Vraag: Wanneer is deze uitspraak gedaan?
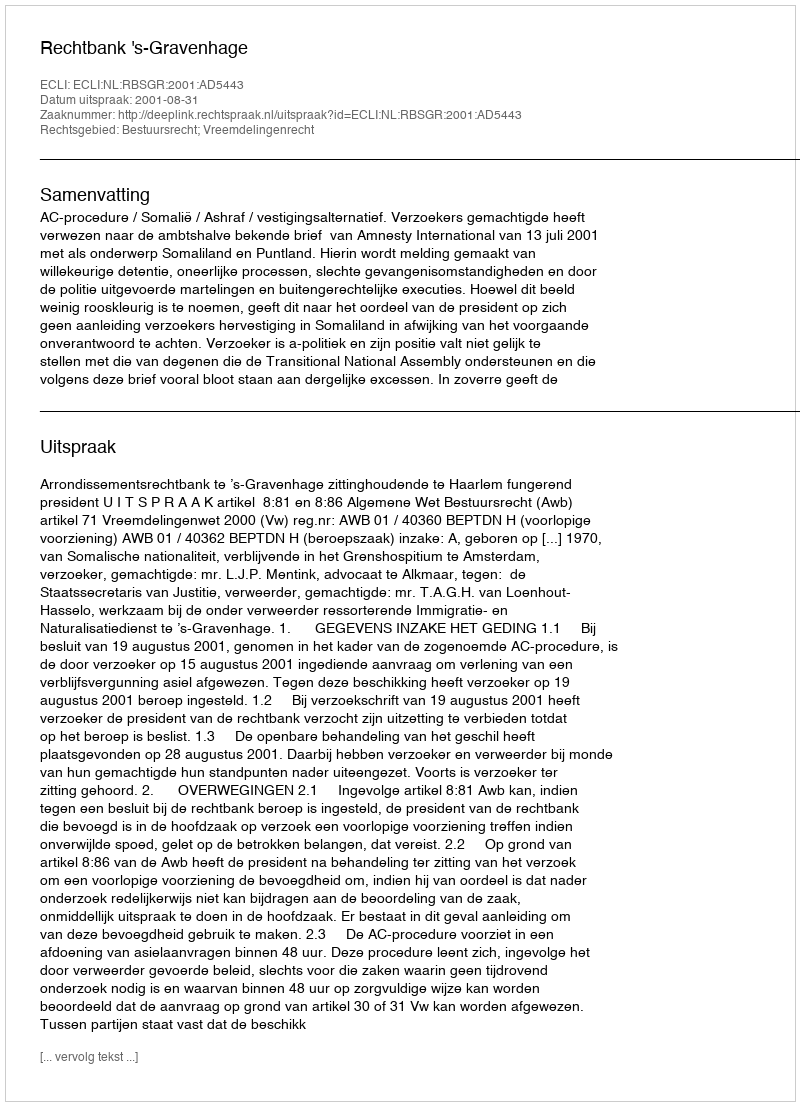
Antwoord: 2001-08-31